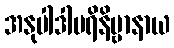
အနုပါဒါပရိနိဗ္ဗာနာယ